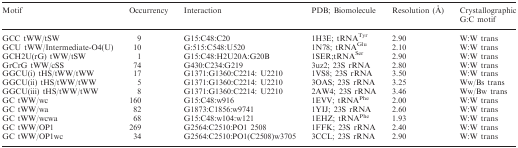
<table><thead><tr><td><b>Motif</b></td><td><b>Occurrency</b></td><td><b>Interaction</b></td><td><b>PDB; Biomolecule</b></td><td><b>Resolution (Å)</b></td><td><b>Crystallographic G:C motif</b></td></tr></thead><tbody><tr><td>GCC tWW/tSW</td><td>9</td><td>G15:C48:C20</td><td>1H3E; tRNA<sup>Tyr</sup></td><td>2.90</td><td>W:W trans</td></tr><tr><td>GCU tWW/Intermediate-O4(U)</td><td>10</td><td>G:515:C548:U520</td><td>1N78; tRNA<sup>Glu</sup></td><td>2.10</td><td>W:W trans</td></tr><tr><td>GCH2U(rG) tWW/tSW</td><td>1</td><td>G15:C48:H2U20A:G20B</td><td>1SER;tRNA<sup>Ser</sup></td><td>2.90</td><td>W:W trans</td></tr><tr><td>GrCrG tWW/cSS</td><td>74</td><td>G430:C234:G219</td><td>3uz2; 23S rRNA</td><td>2.80</td><td>W:W trans</td></tr><tr><td>GGCU(i) tHS/tWW/tWW</td><td>17</td><td>G1371:G1360:C2214: U2210</td><td>1VS8; 23S rRNA</td><td>3.50</td><td>W:W trans</td></tr><tr><td>GGCU(ii) tHS/tWW/tWW</td><td>5</td><td>G1371:G1360:C2214: U2210</td><td>3OAS; 23S rRNA</td><td>3.25</td><td>Ww/Bs trans</td></tr><tr><td>GGCU(iii) tHS/tWW/tWW</td><td>8</td><td>G1371:G1360:C2214: U2210</td><td>2AW4; 23S rRNA</td><td>3.46</td><td>Ww/Bw trans</td></tr><tr><td>GC tWW/wc</td><td>160</td><td>G15:C48:w916</td><td>1EVV; tRNA<sup>Phe</sup></td><td>2.00</td><td>W:W trans</td></tr><tr><td>GC tWW/wa</td><td>82</td><td>G1873:C1856:w9741</td><td>1YIJ; 23S rRNA</td><td>2.60</td><td>W:W trans</td></tr><tr><td>GC tWW/wcwa</td><td>68</td><td>G15:C48:w104:w121</td><td>1EHZ; tRNA<sup>Phe</sup></td><td>1.93</td><td>W:W trans</td></tr><tr><td>GC tWW/OP1</td><td>269</td><td>G2564:C2510:PO1 2508</td><td>1FFK; 23S rRNA</td><td>2.40</td><td>W:W trans</td></tr><tr><td>GC tWW/OP1wc</td><td>34</td><td>G2564:C2510:PO1(C2508)w3705</td><td>3CCL; 23S rRNA</td><td>2.90</td><td>W:W trans</td></tr></tbody></table>